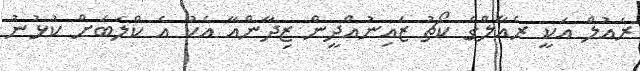
ރައުލް އަކީ ރެއާލްގެ ކޯޗު ޒައިނުއްދީން ޒިދާންއާ އެކު އެ ކްލަބަށް ކުޅުނު